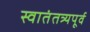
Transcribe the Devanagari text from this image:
स्वातंतत्र्यपूर्व